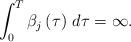
LaTeX: \begin{align*} \int_0^T \beta_j\left(\tau\right)\,d\tau=\infty. \end{align*}